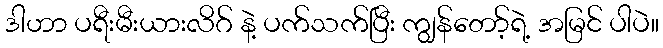
ဒါဟာ ပရီးမီးယားလိဂ် နဲ့ ပက်သက်ပြီး ကျွန်တော့်ရဲ့ အမြင် ပါပဲ။